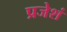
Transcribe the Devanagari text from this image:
प्रजेशं